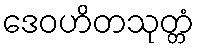
ဒေဝဟိတသုတ္တံ